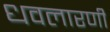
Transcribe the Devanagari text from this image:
धवलारणी